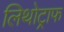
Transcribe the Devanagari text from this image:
लिथोट्राफ